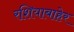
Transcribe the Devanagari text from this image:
रशियाबाहेर